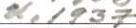
u. 1937